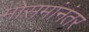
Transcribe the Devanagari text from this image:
मोसमांनंतर